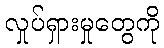
လှုပ်ရှားမှုတွေကို